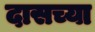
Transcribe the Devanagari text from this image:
दासच्या